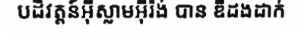
បដិវត្តន៍អ៊ីស្លាមអ៊ីរ៉ង់ បាន ឌឺដងដាក់